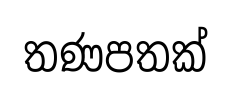
තණපතක්